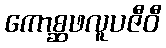
ကောစ္ဆဖလူပဇီဝီ